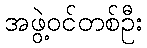
အဖွဲ့ဝင်တစ်ဦး